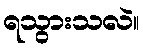
ရသွားသလဲ။